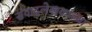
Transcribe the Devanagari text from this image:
संवादलेखकांच्या